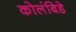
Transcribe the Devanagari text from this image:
कोलंबिडे